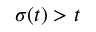
\sigma ( t ) > t